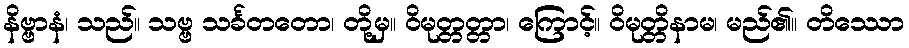
နိဗ္ဗာနံ၊ သည်။ သဗ္ဗ သင်္ခတတော၊ တို့မှ။ ဝိမုတ္တတ္တာ၊ ကြောင့်။ ဝိမုတ္တိနာမ၊ မည်၏။ တိဿော